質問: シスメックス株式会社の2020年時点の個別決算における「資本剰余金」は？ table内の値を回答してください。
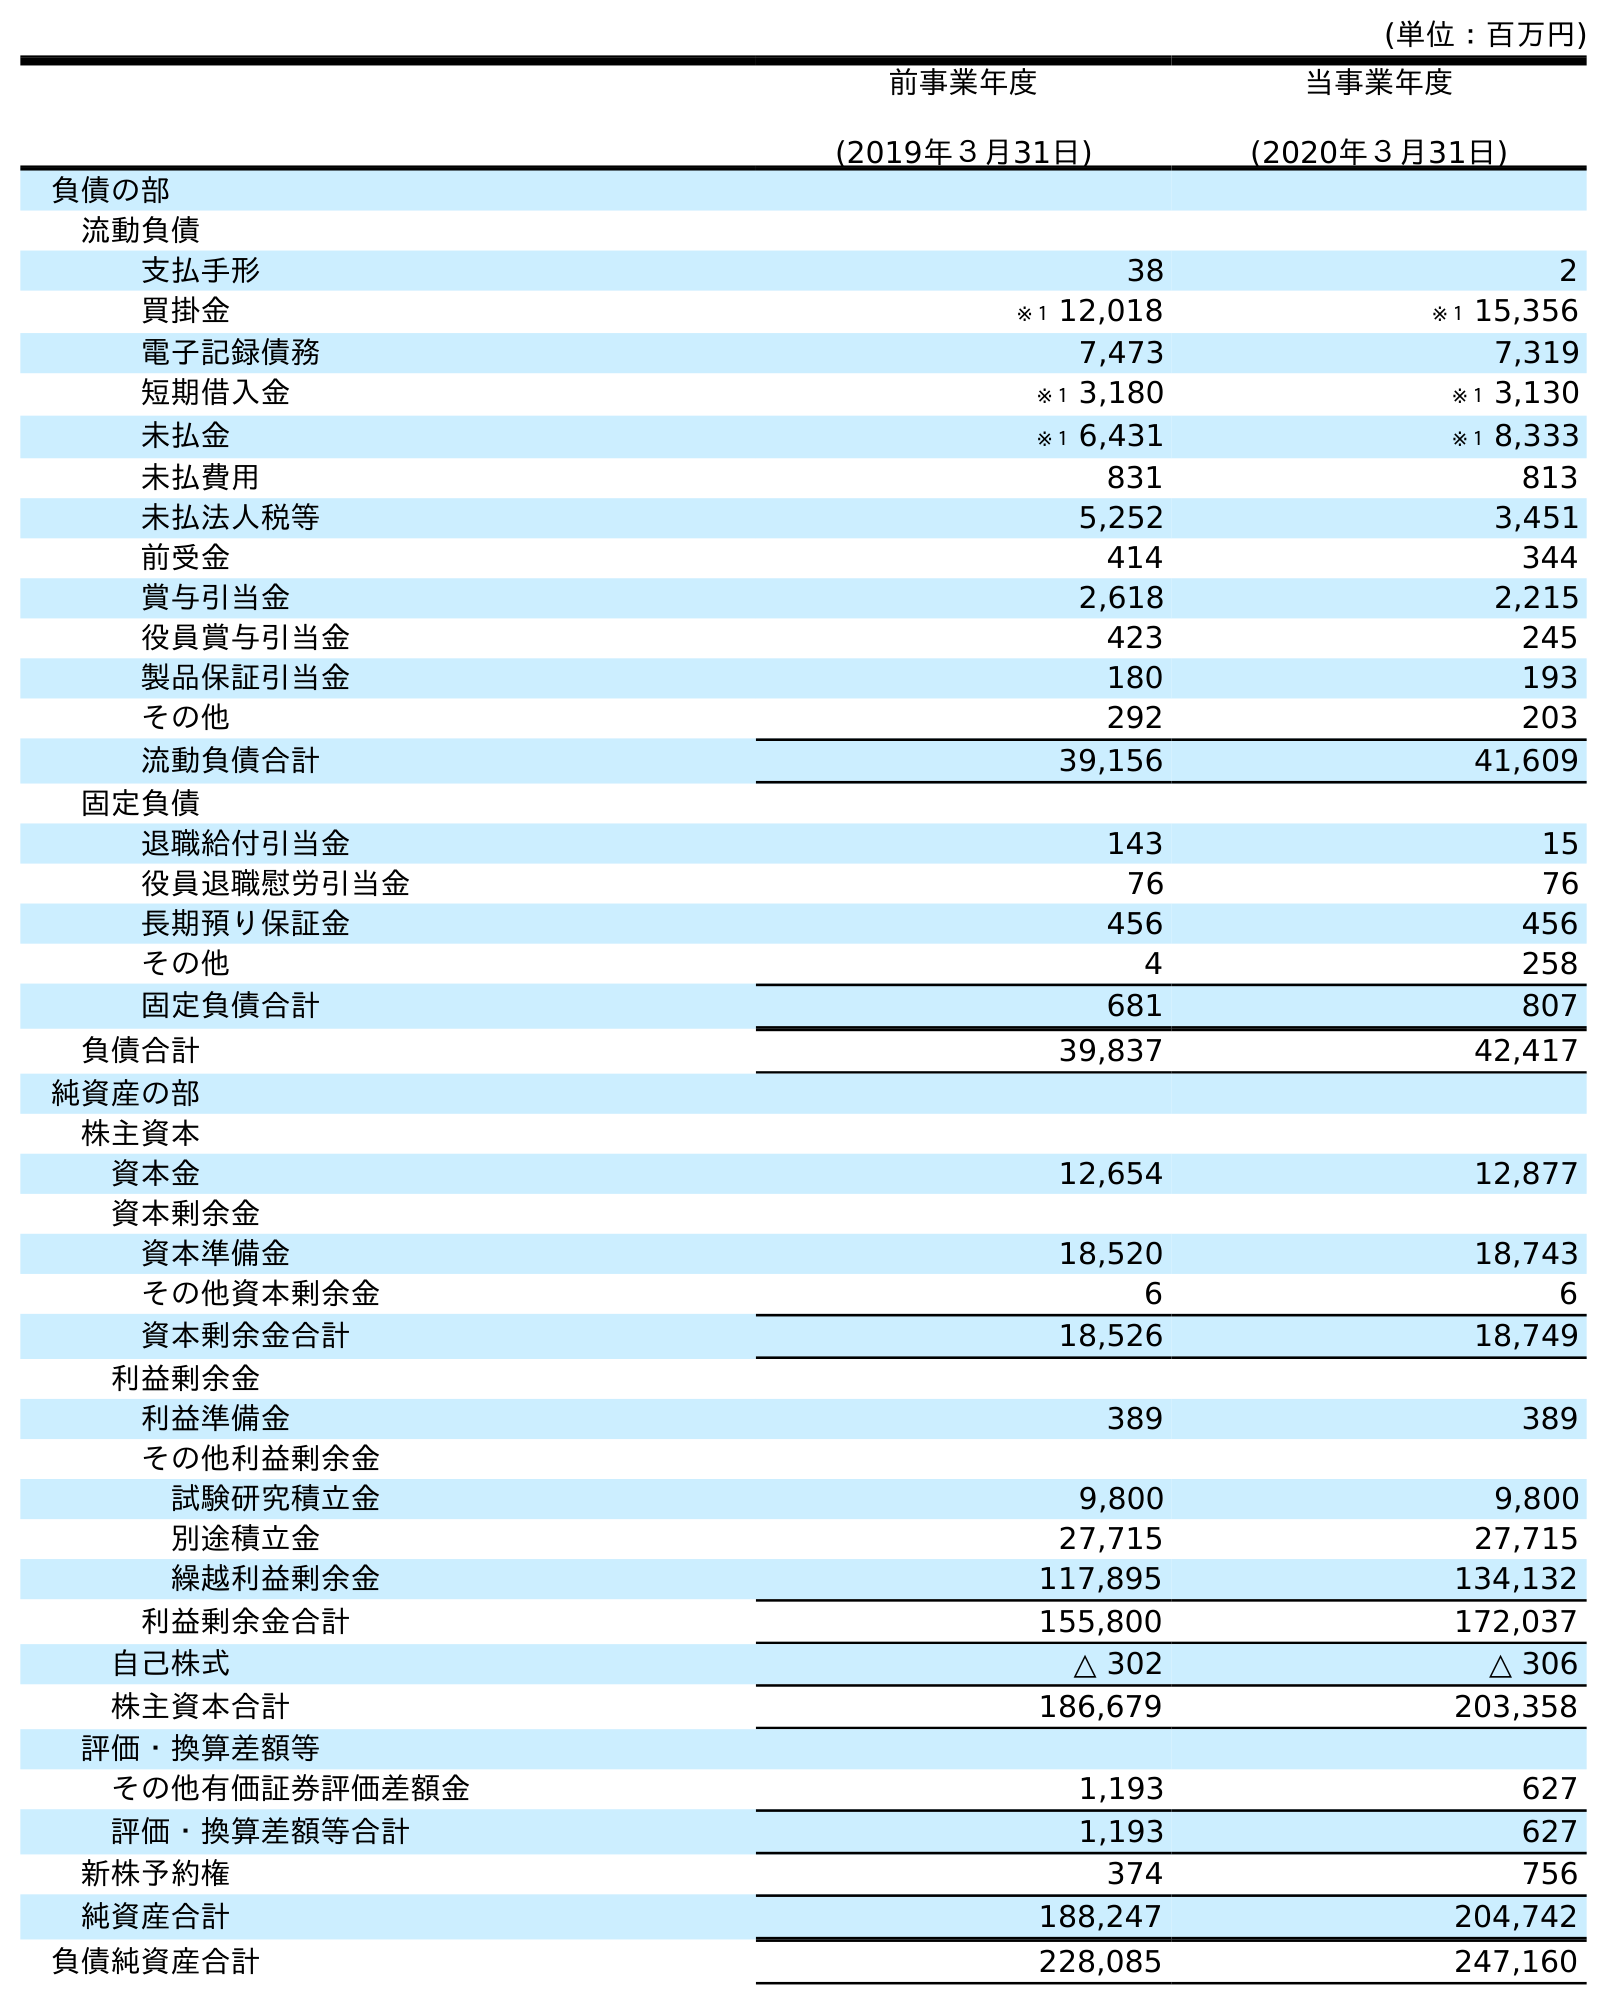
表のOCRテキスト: (単位：百万円) 前事業年度 (2019年３月31日) 当事業年度 (2020年３月31日) 負債の部 流動負債 支払手形 38 2 買掛金 ※１ 12,018 ※１ 15,356 電子記録債務 7,473 7,319 短期借入金 ※１ 3,180 ※１ 3,130 未払金 ※１ 6,431 ※１ 8,333 未払費用 831 813 未払法人税等 5,252 3,451 前受金 414 344 賞与引当金 2,618 2,215 役員賞与引当金 423 245 製品保証引当金 180 193 その他 292 203 流動負債合計 39,156 41,609 固定負債 退職給付引当金 143 15 役員退職慰労引当金 76 76 長期預り保証金 456 456 その他 4 258 固定負債合計 681 807 負債合計 39,837 42,417 純資産の部 株主資本 資本金 12,654 12,877 資本剰余金 資本準備金 18,520 18,743 その他資本剰余金 6 6 資本剰余金合計 18,526 18,749 利益剰余金 利益準備金 389 389 その他利益剰余金 試験研究積立金 9,800 9,800 別途積立金 27,715 27,715 繰越利益剰余金 117,895 134,132 利益剰余金合計 155,800 172,037 自己株式 △ 302 △ 306 株主資本合計 186,679 203,358 評価・換算差額等 その他有価証券評価差額金 1,193 627 評価・換算差額等合計 1,193 627 新株予約権 374 756 純資産合計 188,247 204,742 負債純資産合計 228,085 247,160
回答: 18,749